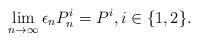
LaTeX: \begin{align*}\lim_{n \to \infty} \epsilon_n P_n^i = P^i, i \in \{1,2\}.\end{align*}